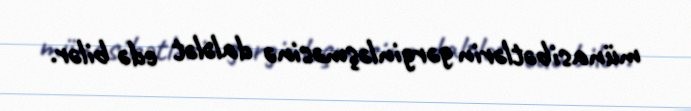
münasibətlərin gərginləşməsinə dalələt edə bilər.